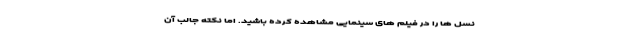
نسل ها را در فیلم های سینمایی مشاهده کرده باشید. اما نکته جالب آن